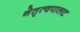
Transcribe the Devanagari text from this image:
नेतृत्वपालट